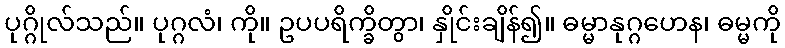
ပုဂ္ဂိုလ်သည်။ ပုဂ္ဂလံ၊ ကို။ ဥပပရိက္ခိတွာ၊ နှိုင်းချိန်၍။ ဓမ္မာနုဂ္ဂဟေန၊ ဓမ္မကို